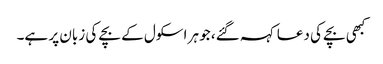
کبھی بچے کی دعا کہہ گئے، جو ہر اسکول کے بچے کی زبان پر ہے۔